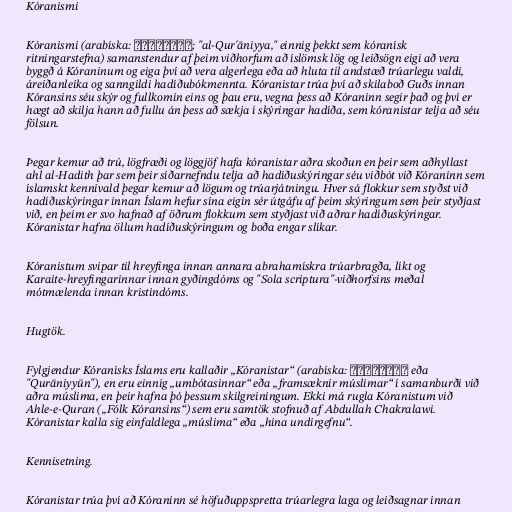
Kóranismi

Kóranismi (arabíska: القرآنية‎; "al-Qur'āniyya," einnig þekkt sem kóranísk
ritningarstefna) samanstendur af þeim viðhorfum að íslömsk lög og leiðsögn eigi að vera
byggð á Kóraninum og eiga því að vera algerlega eða að hluta til andstæð trúarlegu valdi,
áreiðanleika og sanngildi hadíðubókmennta. Kóranistar trúa því að skilaboð Guðs innan
Kóransins séu skýr og fullkomin eins og þau eru, vegna þess að Kóraninn segir það og því er
hægt að skilja hann að fullu án þess að sækja í skýringar hadíða, sem kóranistar telja að séu
fölsun.

Þegar kemur að trú, lögfræði og löggjöf hafa kóranistar aðra skoðun en þeir sem aðhyllast
ahl al-Hadith þar sem þeir síðarnefndu telja að hadíðuskýringar séu viðbót við Kóraninn sem
íslamskt kennivald þegar kemur að lögum og trúarjátningu. Hver sá flokkur sem styðst við
hadíðuskýringar innan Íslam hefur sína eigin sér útgáfu af þeim skýringum sem þeir styðjast
við, en þeim er svo hafnað af öðrum flokkum sem styðjast við aðrar hadíðuskýringar.
Kóranistar hafna öllum hadíðuskýringum og boða engar slíkar.

Kóranistum svipar til hreyfinga innan annara abrahamískra trúarbragða, líkt og
Karaite-hreyfingarinnar innan gyðingdóms og "Sola scriptura"-viðhorfsins meðal
mótmælenda innan kristindóms.

Hugtök.

Fylgjendur Kóranísks Íslams eru kallaðir „Kóranistar“ (arabíska: قرآنيّون‎ eða
"Qurāniyyūn"), en eru einnig „umbótasinnar“ eða „framsæknir múslimar“ í samanburði við
aðra múslima, en þeir hafna þó þessum skilgreiningum. Ekki má rugla Kóranistum við
Ahle-e-Quran („Fólk Kóransins“) sem eru samtök stofnuð af Abdullah Chakralawi.
Kóranistar kalla sig einfaldlega „múslima“ eða „hina undirgefnu“.

Kennisetning.

Kóranistar trúa því að Kóraninn sé höfuðuppspretta trúarlegra laga og leiðsagnar innan